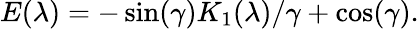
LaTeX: E(\lambda)=-\sin(\gamma)K_{1}(\lambda)/\gamma+\cos(\gamma).